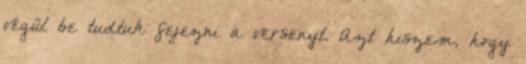
végül be tudtuk fejezni a versenyt. Azt hiszem, hogy